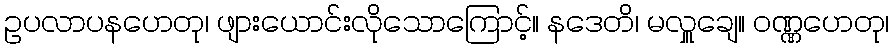
ဥပလာပနဟေတု၊ ဖျားယောင်းလိုသောကြောင့်။ နဒေတိ၊ မလှူချေ။ ဝဏ္ဏဟေတု၊